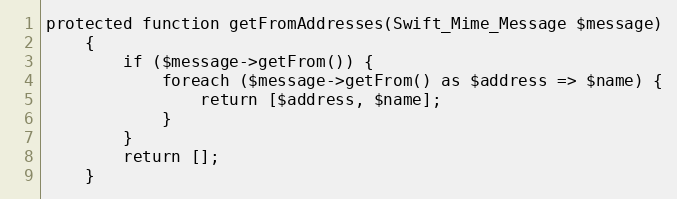
Language: PHP
protected function getFromAddresses(Swift_Mime_Message $message)
	{
		if ($message->getFrom()) {
			foreach ($message->getFrom() as $address => $name) {
				return [$address, $name];
			}
		}
		return [];
	}